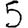
Digit: 5